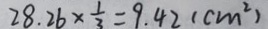
2 8 . 2 6 \times \frac { 1 } { 3 } = 9 . 4 2 ( c m ^ { 2 } )